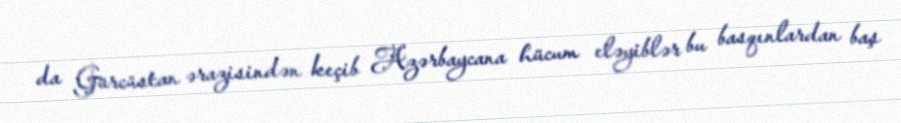
da Gürcüstan ərazisindən keçib Azərbaycana hücum eləyiblər bu basqınlardan baş